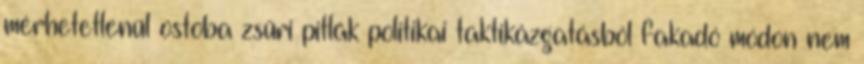
mérhetetlenül ostoba zsűri pitlák politikai taktikázgatásból fakadó módon nem